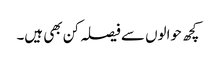
کچھ حوالوں سے فیصلہ کن بھی ہیں۔